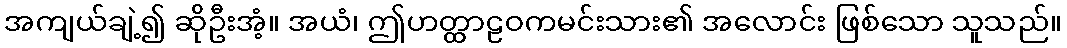
အကျယ်ချဲ့၍ ဆိုဦးအံ့။ အယံ၊ ဤဟတ္ထာဠဝကမင်းသား၏ အလောင်း ဖြစ်သော သူသည်။